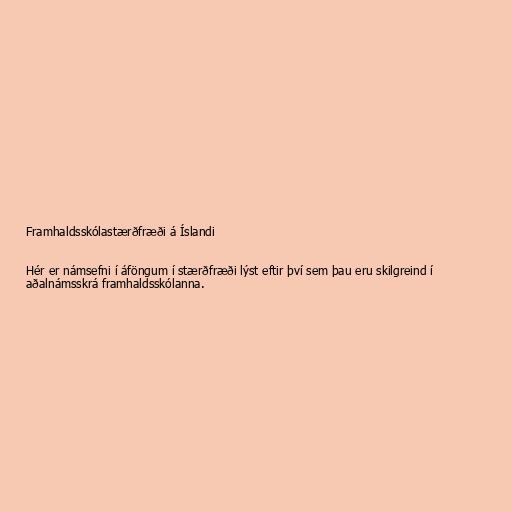
Framhaldsskólastærðfræði á Íslandi

Hér er námsefni í áföngum í stærðfræði lýst eftir því sem þau eru skilgreind í
aðalnámsskrá framhaldsskólanna.